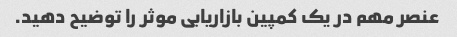
عنصر مهم در یک کمپین بازاریابی موثر را توضیح دهید.